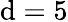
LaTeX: \mathrm{d}=5